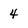
Character: 4